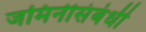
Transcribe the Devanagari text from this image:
जमिनीसंबंधी